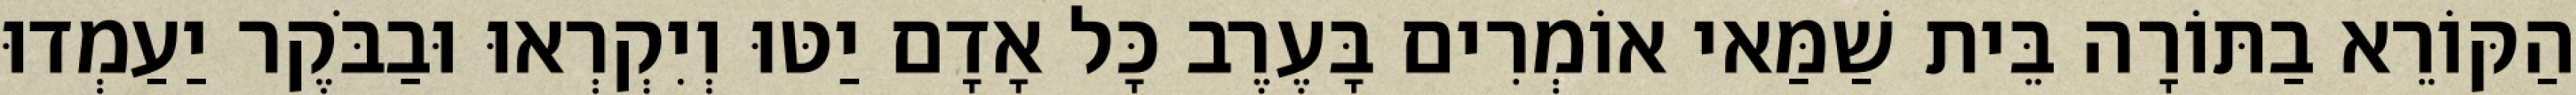
הַקּוֹרֵא בַתּוֹרָה בֵּית שַׁמַּאי אוֹמְרִים בָּעֶרֶב כָּל אָדָם יַטּוּ וְיִקְרְאוּ וּבַבֹּקֶר יַעַמְדוּ